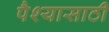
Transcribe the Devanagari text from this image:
पैश्यासाठी